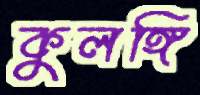
কুলঙ্গি